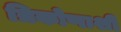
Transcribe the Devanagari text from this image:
त्रिकोणाशी